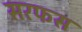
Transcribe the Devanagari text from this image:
सरफस